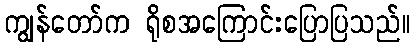
ကျွန်တော်က ရိုစအကြောင်းပြောပြသည်။